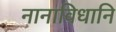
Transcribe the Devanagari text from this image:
नानाविधानि